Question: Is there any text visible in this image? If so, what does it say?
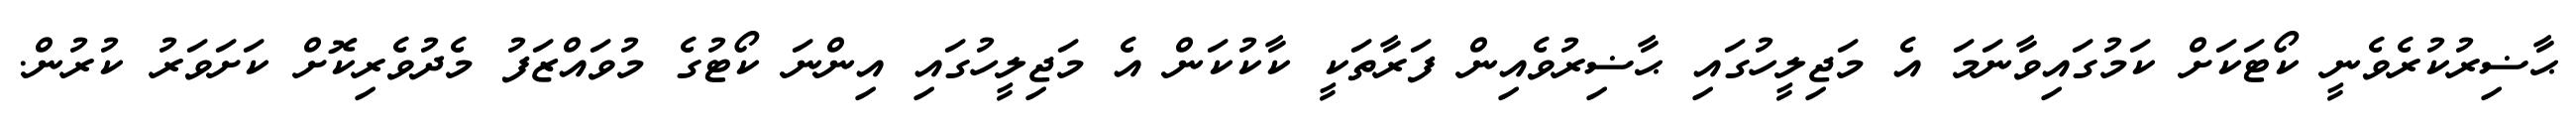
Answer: ޙާޟިރުކުރެވެނީ ކޯޓަކަށް ކަމުގައިވާނަމަ އެ މަޖިލީހުގައި ޙާޟިރުވެއިން ފަރާތަކީ ކާކުކަން އެ މަޖިލީހުގައި އިންނަ ކޯޓުގެ މުވައްޒަފު މެދުވެރިކޮށް ކަށަވަރު ކުރުން.